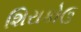
શિરાકોઉ